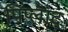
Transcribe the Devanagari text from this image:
पिप्लाद